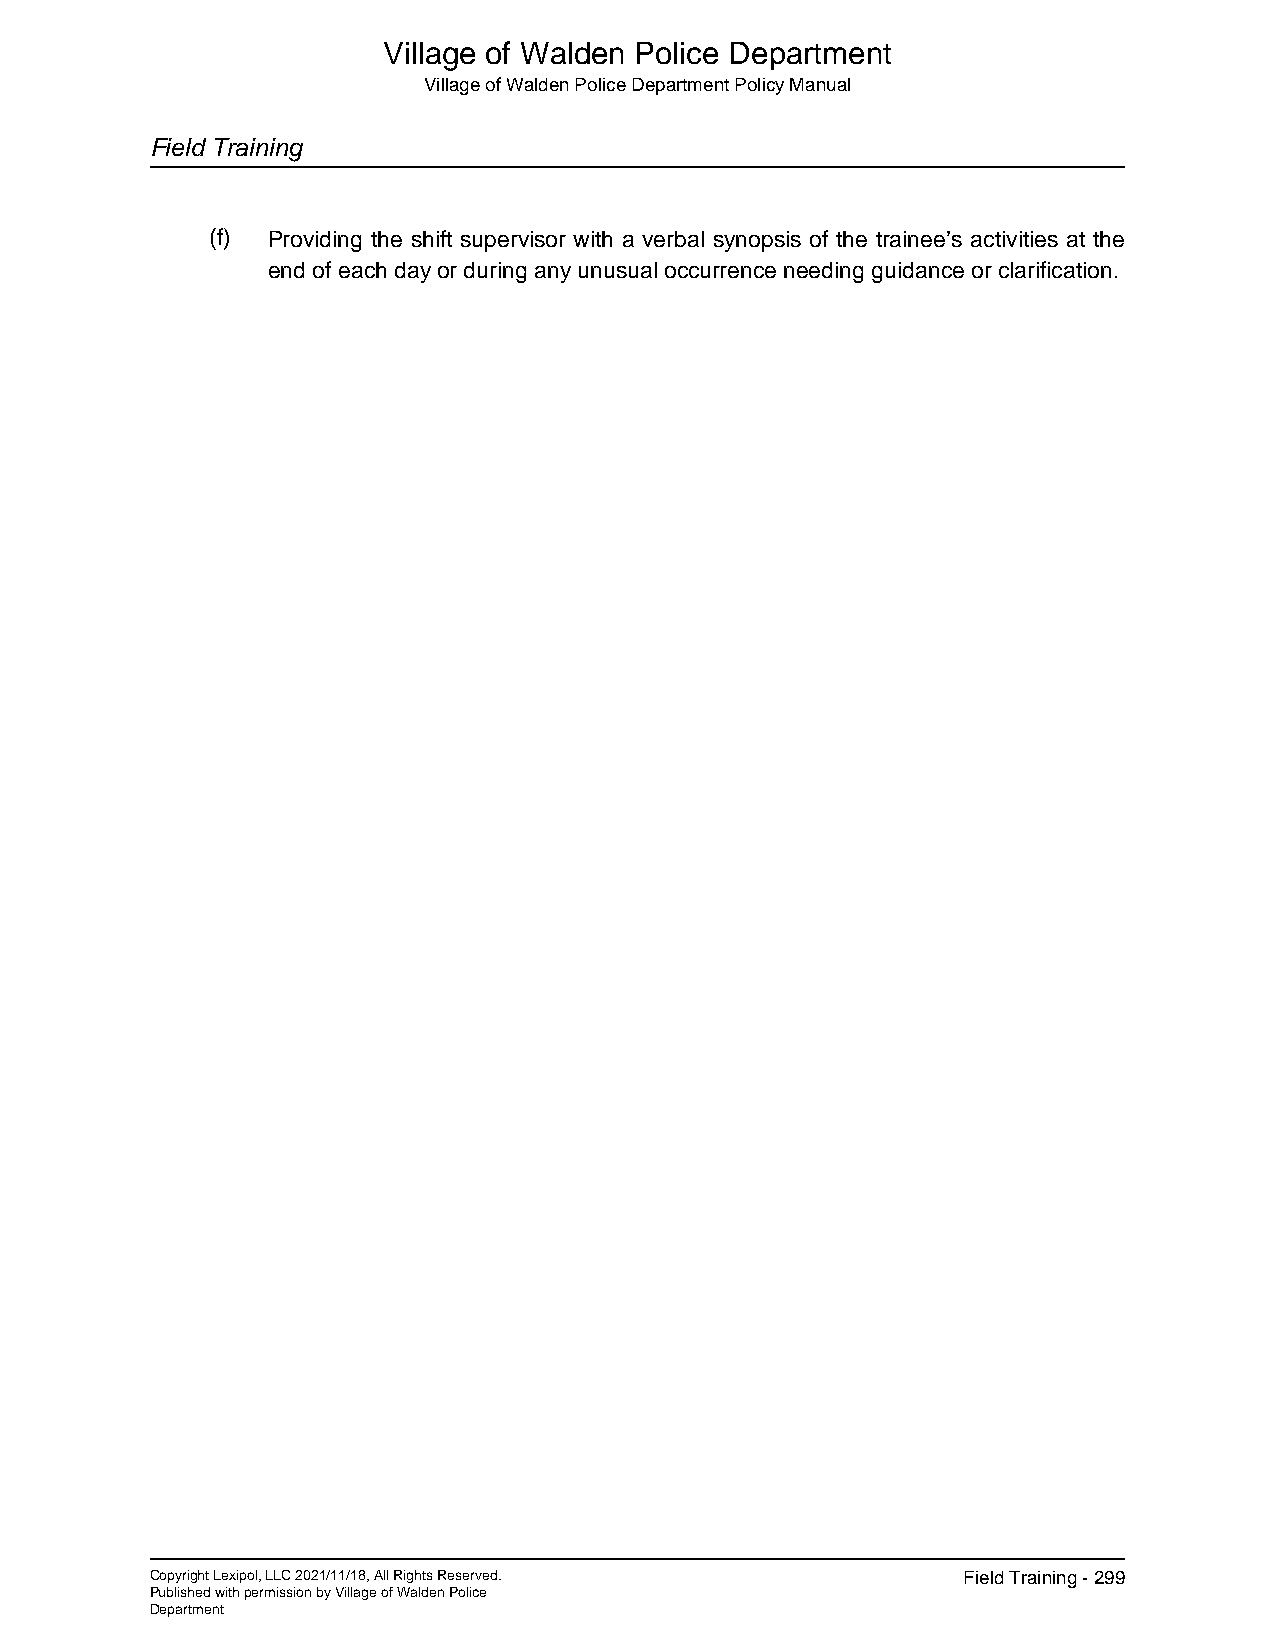
Village of Walden Police Department
 Village of Walden Police Department Policy Manual
 Field Training
 (f) Providing the shift supervisor with a verbal synopsis of the trainee’s activities at the
 end of each day or during any unusual occurrence needing guidance or clarification.
 Copyright Lexipol, LLC 2021/11/18, All Rights Reserved. Field Training - 299
 Published with permission by Village of Walden Police
 Department